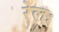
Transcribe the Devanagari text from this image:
रेलः